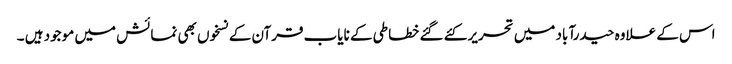
اس کے علاوہ حیدرآباد میں تحریر کئے گئے خطاطی کے نایاب قرآن کے نسخوں بھی نمائش میں موجود ہیں ۔